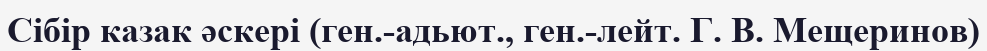
Сібір казак әскері (ген.-адьют., ген.-лейт. Г. В. Мещеринов)